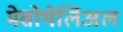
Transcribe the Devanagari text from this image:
मेसोथेलिअल